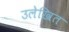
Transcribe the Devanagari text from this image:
उलेखित